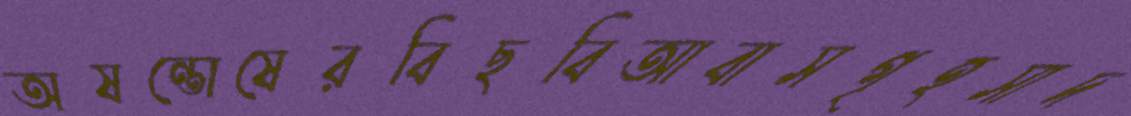
অষন্তোষেরবিছবিআবাসগৃহসাদ